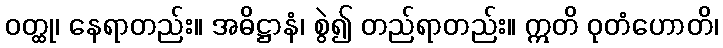
ဝတ္ထု၊ နေရာတည်း။ အဓိဋ္ဌာနံ၊ စွဲ၍ တည်ရာတည်း။ ဣတိ ဝုတံဟောတိ၊